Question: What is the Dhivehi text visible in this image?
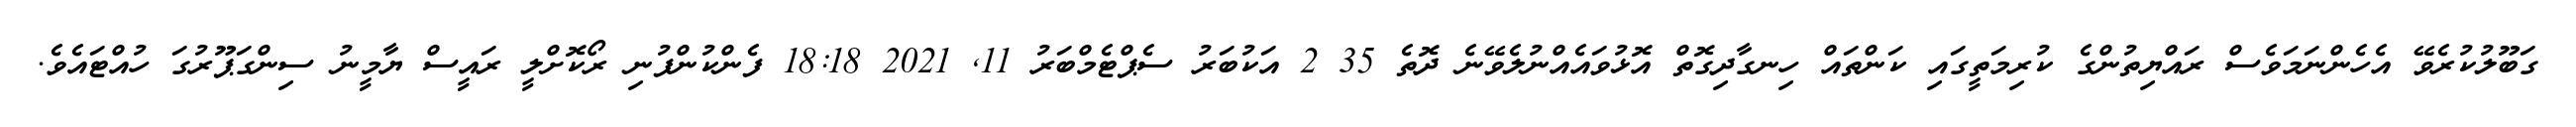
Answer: ގަބޫލުކުރެވޭ އެހެންނަމަވެސް ރައްޔިތުންގެ ކުރިމަތީގައި ކަންތައް ހިނގާދިގޮތް އޮޅުވައެއްނުލެވޭނެ ދޮތެ 35 2 އަކުބަރު ސެޕްޓެމްބަރު 11, 2021 18:18 ފެންކުންފުނި ރޯކޮށްލީ ރައީސް ޔާމީނު ސިންގަޕޫރުގަ ހުއްޓައެވެ.